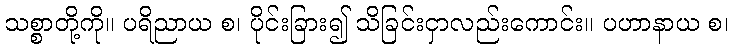
သစ္စာတို့ကို။ ပရိညာယ စ၊ ပိုင်းခြား၍ သိခြင်းငှာလည်းကောင်း။ ပဟာနာယ စ၊